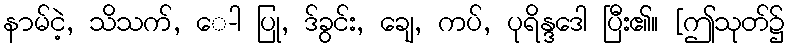
နာမ်ငဲ့, သိသက်, ေ-ါ ပြု, ဒ်ခွင်း, ချေ, ကပ်, ပုရိန္ဒဒေါ ပြီး၏။ [ဤသုတ်၌